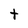
Character: t